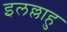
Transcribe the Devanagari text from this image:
इलल्लाहु